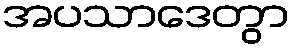
အပသာဒေတွာ